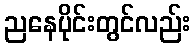
ညနေပိုင်းတွင်လည်း